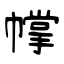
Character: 幥